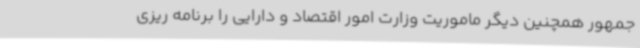
جمهور همچنین دیگر ماموریت وزارت امور اقتصاد و دارایی را برنامه ریزی